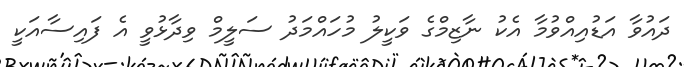
ދައުވާ އަޑުއިއްވުމާ އެކު ނާޒިމްގެ ވަކީލު މުހައްމަދު ސަލީމް ވިދާޅުވީ އެ ފައިސާއަކީ